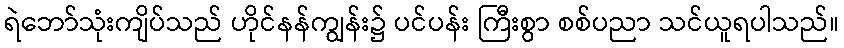
ရဲဘော်သုံးကျိပ်သည် ဟိုင်နန်ကျွန်း၌ ပင်ပန်း ကြီးစွာ စစ်ပညာ သင်ယူရပါသည်။